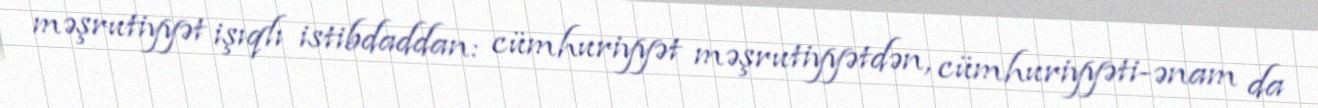
məşrutiyyət işıqlı istibdaddan: cümhuriyyət məşrutiyyətdən, cümhuriyyəti-ənam da